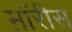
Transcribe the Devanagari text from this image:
म़ॉरीस